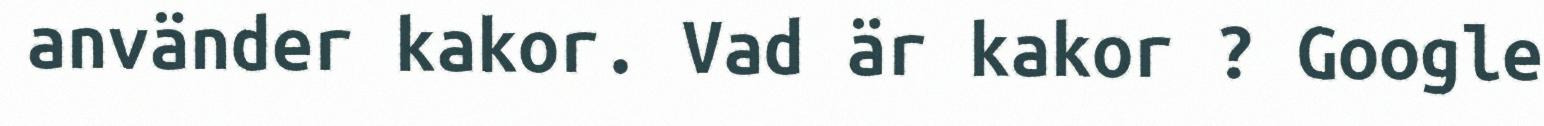
använder kakor. Vad är kakor ? Google